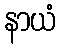
နာယံ